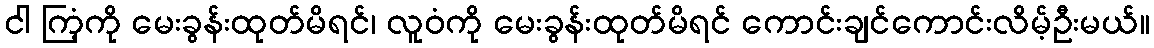
ငါ ကြံ့ကို မေးခွန်းထုတ်မိရင်၊ လူဝံကို မေးခွန်းထုတ်မိရင် ကောင်းချင်ကောင်းလိမ့်ဦးမယ်။